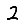
Digit: 2